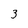
Character: 3